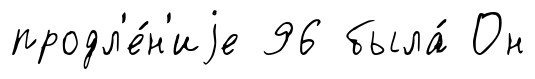
продл'е́н'иjе 96 была́ Он